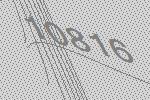
10816